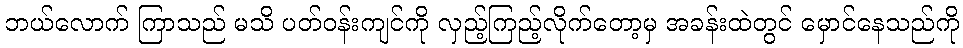
ဘယ်လောက် ကြာသည် မသိ ပတ်ဝန်းကျင်ကို လှည့်ကြည့်လိုက်တော့မှ အခန်းထဲတွင် မှောင်နေသည်ကို